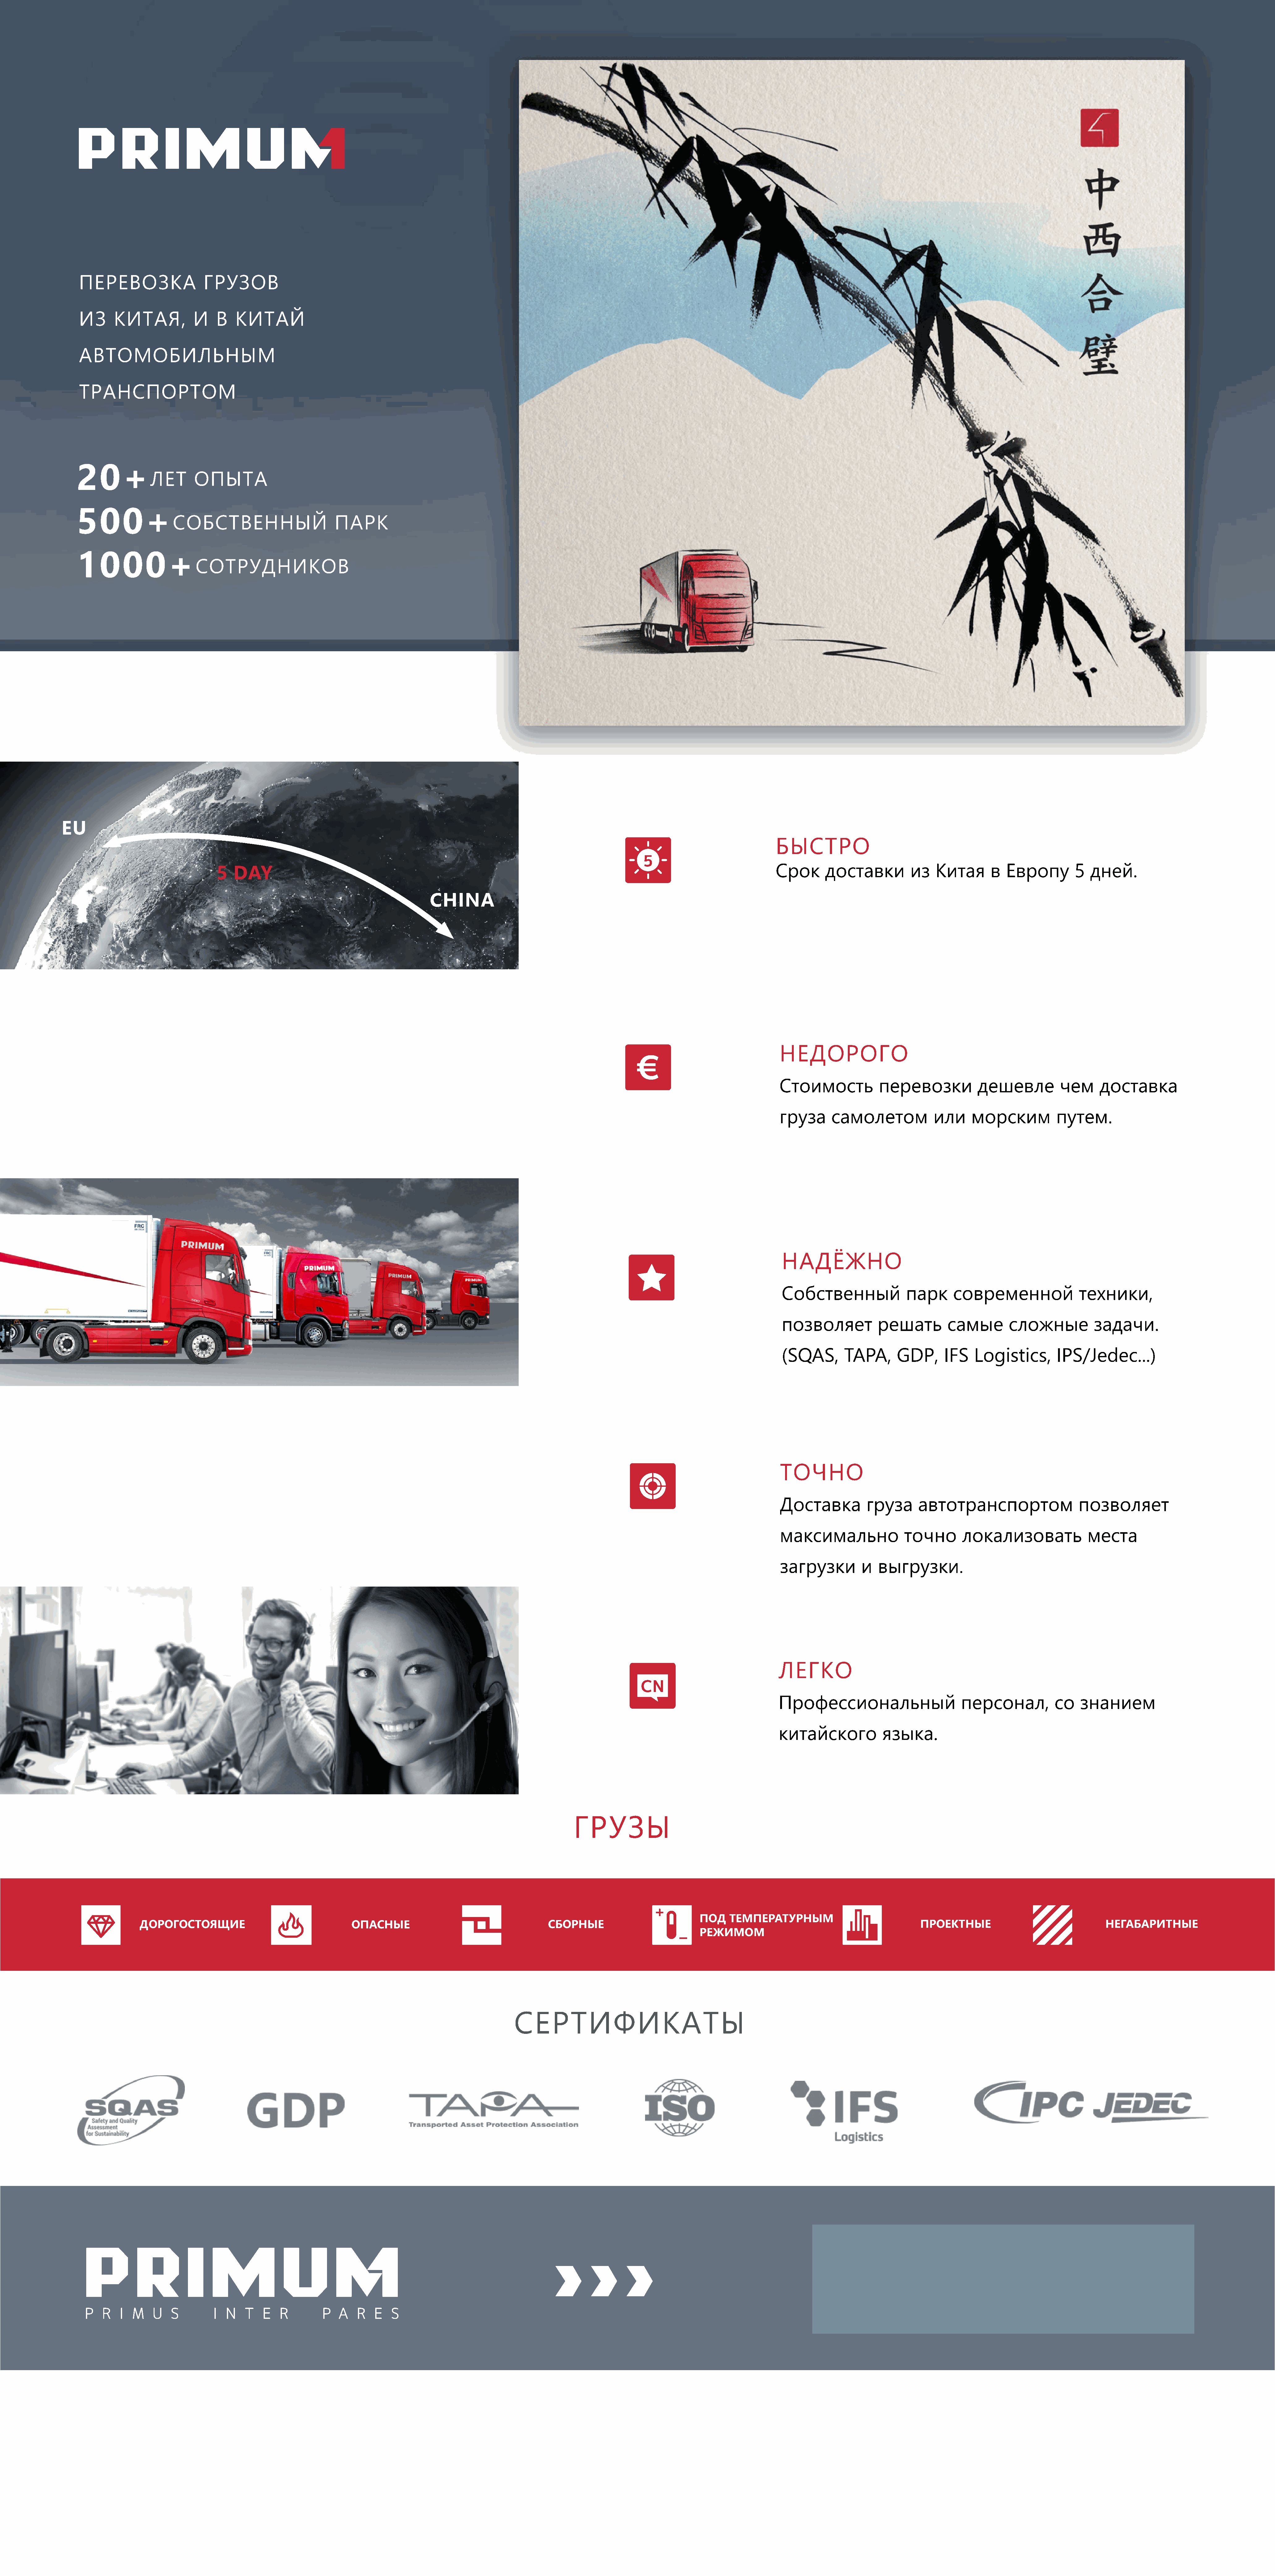
ПЕРЕВОЗКА                  ГРУЗОВ
 ИЗ     КИТАЯ,           И    В   КИТАЙ
 АВТОМОБИЛЬНЫМ
 ТРАНСПОРТОМ
 20+
 ЛЕТ       ОПЫТА
 500+
 СОБСТВЕННЫЙ                        ПАРК
 1000+
 СОТРУДНИКОВ
 EU
 БЫСТРО
 Срок       доставки          из   Китая       в  Европу         5   дней.
 5   DAY
 CHINA
 НЕДОРОГО
 Стоимость            перевозки            дешевле           чем      доставка
 груза      самолетом             или     морским           путем.
 НАДЁЖНО
 Собственный                парк      современной                техники,
 позволяет            решать         самые        сложные           задачи.
 (SQAS,        TAPA,      GDP,      IFS    Logistics,       IPS/Jedec...)
 ТОЧНО
 Доставка           груза      автотранспортом                   позволяет
 максимально                точно       локализовать               места
 загрузки         и   выгрузки.
 ЛЕГКО
 Профессиональный                       персонал,           со   знанием
 китайского            языка.
 ГРУЗЫ
 ПОД   ТЕМПЕРАТУРНЫМ
 ДОРОГОСТОЯЩИЕ                                ОПАСНЫЕ                                   СБОРНЫЕ                                                                         ПРОЕКТНЫЕ                               НЕГАБАРИТНЫЕ
 РЕЖИМОМ
 СЕРТИФИКАТЫ